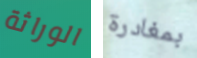
الوراثة بمغادرة